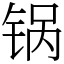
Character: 锅